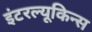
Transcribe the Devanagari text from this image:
इंटरल्यूकिन्स